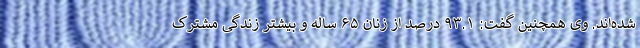
شده‌اند. وی همچنین گفت: ۹۳.۱ درصد از زنان ۶۵ ساله و بیشتر زندگی مشترک